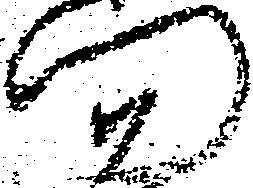
門